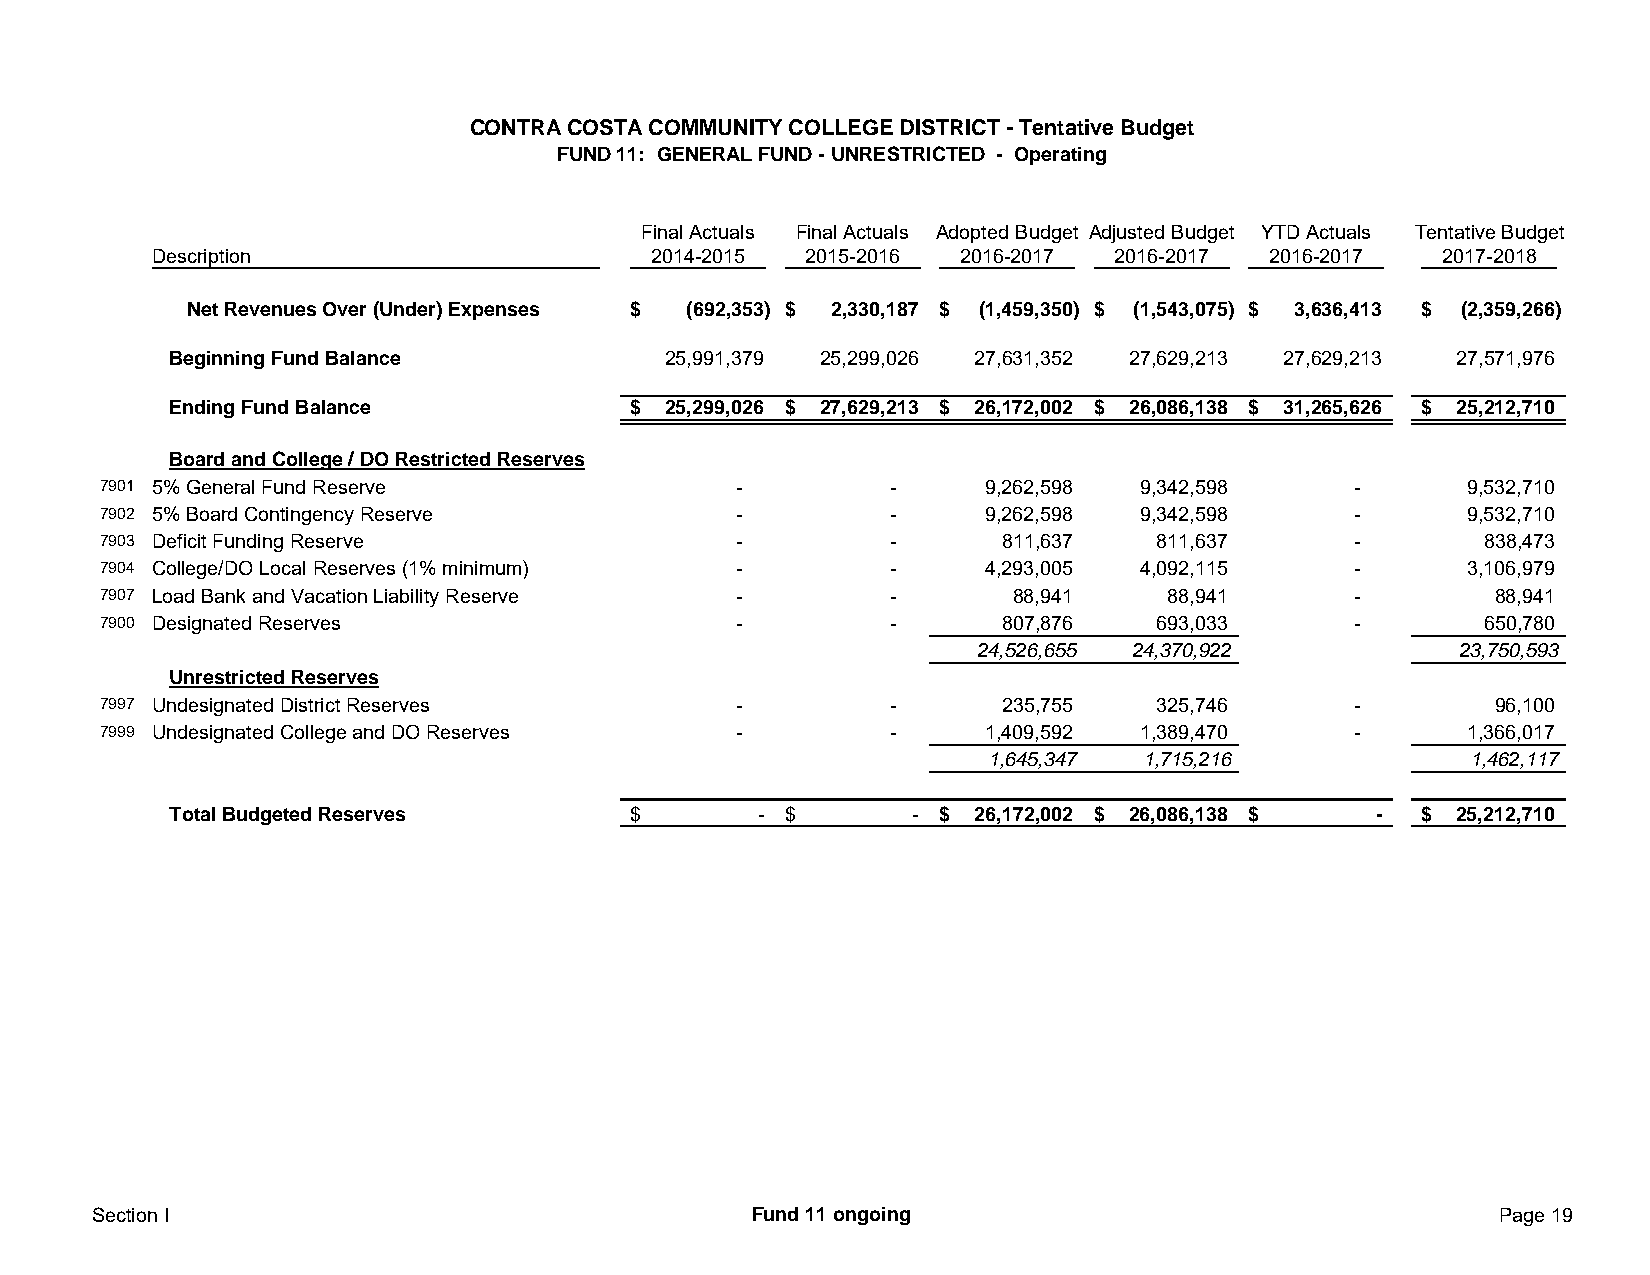
CONTRA COSTA COMMUNITY COLLEGE DISTRICT - Tentative Budget
 FUND 11: GENERAL FUND - UNRESTRICTED - Operating
 Final Actuals Final Actuals Adopted Budget Adjusted Budget YTD Actuals Tentative Budget
 Description                      2014-2015 2015-2016 2016-2017 2016-2017  2016-2017  2017-2018
 Net Revenues Over (Under) Expenses $ (692,353) $ 2,330,187 $ (1,459,350) $ (1,543,075) $ 3,636,413 $ (2,359,266)
 Beginning Fund Balance           25,991,379 25,299,026 27,631,352 27,629,213 27,629,213 27,571,976
 Ending Fund Balance           $  25,299,026 $ 27,629,213 $ 26,172,002 $ 26,086,138 $ 31,265,626 $ 25,212,710
 Board and College / DO Restricted Reserves
 7901 5% General Fund Reserve              -          -     9,262,598 9,342,598     -       9,532,710
 7902 5% Board Contingency Reserve         -          -     9,262,598 9,342,598     -       9,532,710
 7903 Deficit Funding Reserve              -          -      811,637   811,637      -        838,473
 7904 College/DO Local Reserves (1% minimum) -        -     4,293,005 4,092,115     -       3,106,979
 7907 Load Bank and Vacation Liability Reserve -      -       88,941    88,941      -         88,941
 7900 Designated Reserves                  -          -      807,876   693,033      -        650,780
 24,526,655 24,370,922           23,750,593
 Unrestricted Reserves
 7997 Undesignated District Reserves       -          -      235,755   325,746      -         96,100
 7999 Undesignated College and DO Reserves -          -     1,409,592 1,389,470     -       1,366,017
 1,645,347 1,715,216             1,462,117
 Total Budgeted Reserves       $        - $       - $ 26,172,002 $ 26,086,138 $  -  $ 25,212,710
 Section I                                  Fund 11 ongoing                                   Page 19